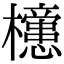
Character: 𣟻